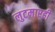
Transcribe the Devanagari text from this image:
लुटमारही